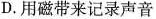
D.用磁带来记录声音